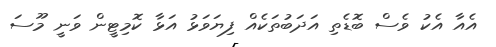
އެއާ އެކު ވެސް ބޮޑެތި އަދަބުތަކެއް ފިޔަވަޅު އަޅާ ކޮމިޓީން ވަނީ މޫސަ